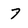
Character: 7